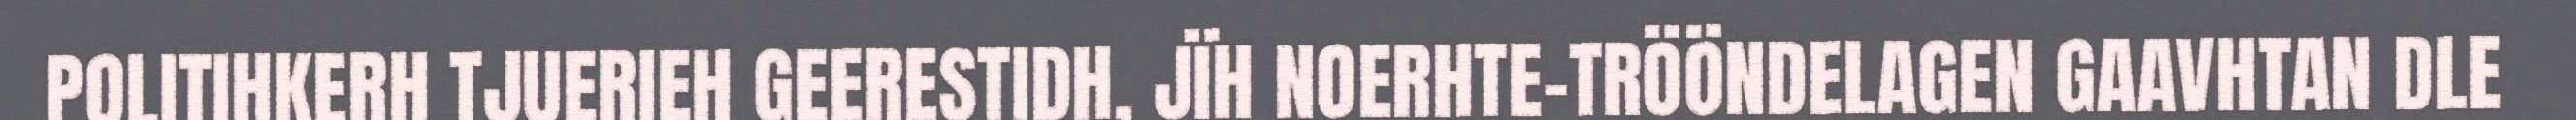
POLITIHKERH TJUERIEH GEERESTIDH, JÏH NOERHTE-TRÖÖNDELAGEN GAAVHTAN DLE